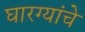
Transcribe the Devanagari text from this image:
घारग्यांचे